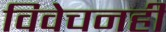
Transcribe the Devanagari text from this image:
विवेचनही